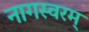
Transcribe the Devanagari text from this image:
नागस्वरम्